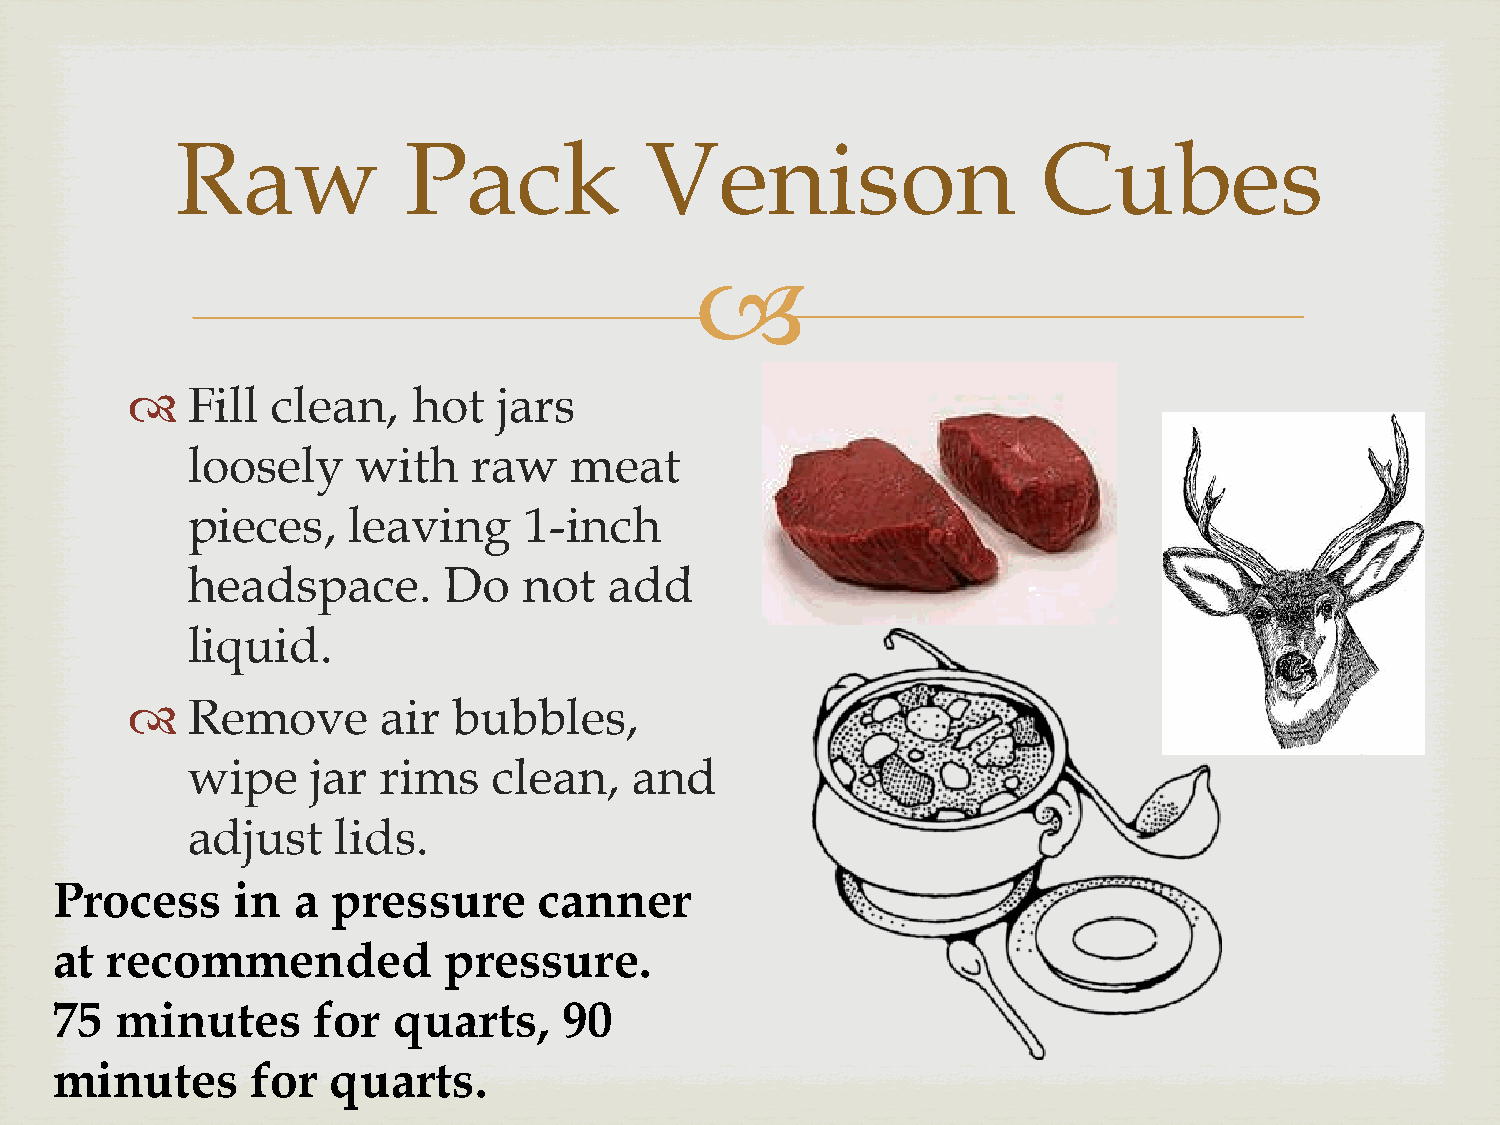
Raw            Pack            Venison                   Cubes
 
    Fill  clean,   hot   jars
 loosely     with   raw    meat
 pieces,    leaving     1-inch
 headspace.       Do    not  add
 liquid.
    Remove       air  bubbles,
 wipe     jar rims    clean,   and
 adjust    lids.
 Process      in a  pressure      canner
 at  recommended           pressure.
 75   minutes      for  quarts,    90
 minutes       for  quarts.